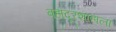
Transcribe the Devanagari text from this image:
बहादूरशाहाला